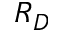
R _ { D }